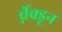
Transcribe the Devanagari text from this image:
र्च्नेक्डून